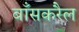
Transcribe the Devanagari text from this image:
बाँसकरैल